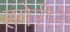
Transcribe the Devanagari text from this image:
हंगेरीने